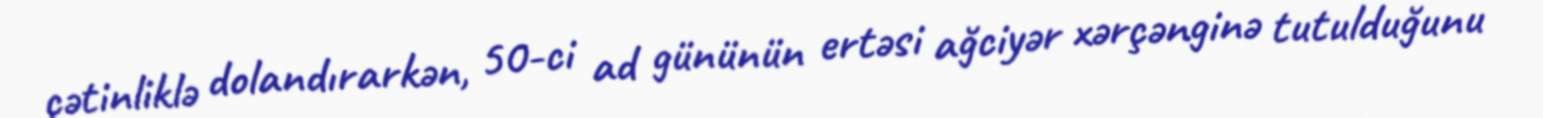
çətinliklə dolandırarkən, 50-ci ad gününün ertəsi ağciyər xərçənginə tutulduğunu